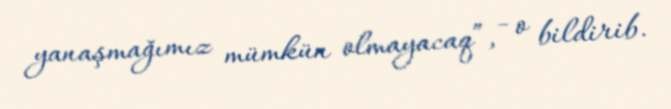
yanaşmağımız mümkün olmayacaq”, - o bildirib.